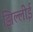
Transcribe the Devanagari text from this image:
झिल्लीई